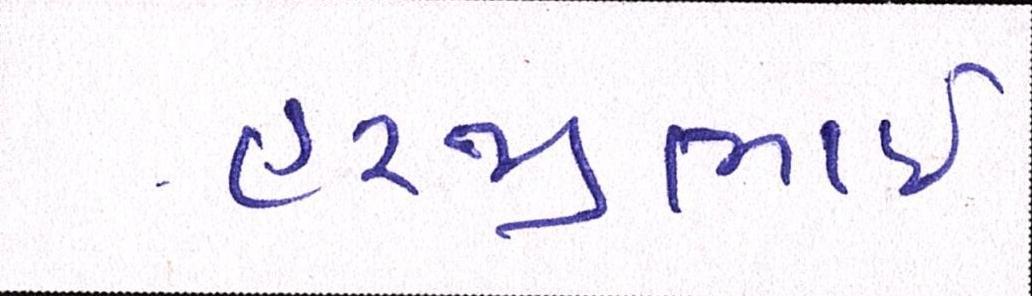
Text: હરજીભાઇ